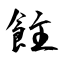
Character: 飳